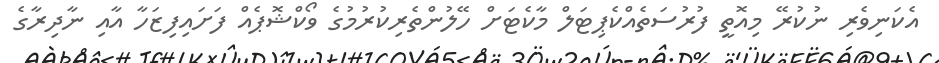
އެކަނިވެރި ނުކުރޭ މިއޮތީ ފުރުސަތެއްކެޕިޓަލް މާކެޓަށް ހޭލުންތެރިކުރުމުގެ ވޯކްޝޮޕެއް ފަށައިފިޒަހާ އާއި ނާދިރާގެ